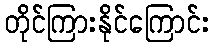
တိုင်ကြားနိုင်ကြောင်း